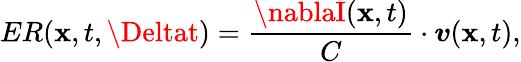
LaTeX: ER(\boldsymbol{\mathbf{x}},t,\Deltat)=\frac{{\nablaI(\boldsymbol{\mathbf{x}},t)}}{{C}}\cdot\boldsymbol{v}(\boldsymbol{\mathbf{x}},t),